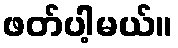
ဖတ်ပါ့မယ်။